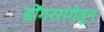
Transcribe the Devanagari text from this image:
डोंगररांगेतून